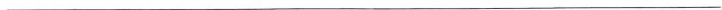
___